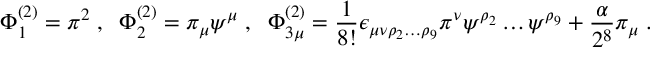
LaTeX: \Phi _ { 1 } ^ { ( 2 ) } = \pi ^ { 2 } \; , \; \; \Phi _ { 2 } ^ { ( 2 ) } = \pi _ { \mu } \psi ^ { \mu } \; , \; \; \Phi _ { 3 \mu } ^ { ( 2 ) } = \frac { 1 } { 8 ! } \epsilon _ { \mu \nu \rho _ { 2 } \ldots \rho _ { 9 } } \pi ^ { \nu } \psi ^ { \rho _ { 2 } } \ldots \psi ^ { \rho _ { 9 } } + \frac { \alpha } { 2 ^ { 8 } } \pi _ { \mu } \; .